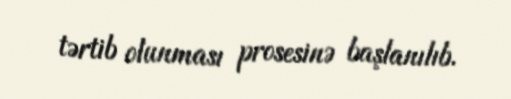
tərtib olunması prosesinə başlanılıb.